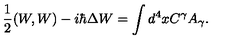
{ \frac { 1 } { 2 } } ( W , W ) - i \hbar \Delta W = \int d ^ { 4 } x C ^ { \gamma } A _ { \gamma } .